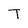
Character: T